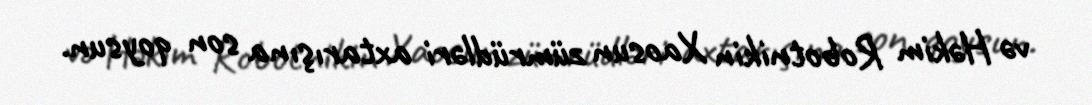
və Həkim Robotnikin Xaosun zümrüdləri axtarışına son qoysun.